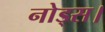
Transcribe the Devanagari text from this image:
नोड्स।